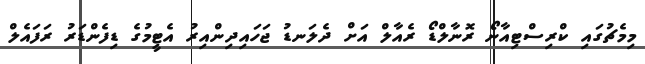
މިމެޗުގައި ކްރިސްޓިއާނޯ ރޮނާލްޑޯ ރެއާލް އަށް ދެލަނޑު ޖަހައިދިންއިރު އެޓީމުގެ ޑިފެންޑަރު ރަފައެލް